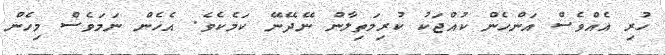
ހުރި އެއްވެސް އަންހެން ކުއްޖަކު ކުރިމަތިލާން ނޭދޭނޭ ކަމެކެވެ. އެހެން ނަމަވެސް މިހެން